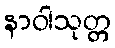
နာဝါသုတ္တ